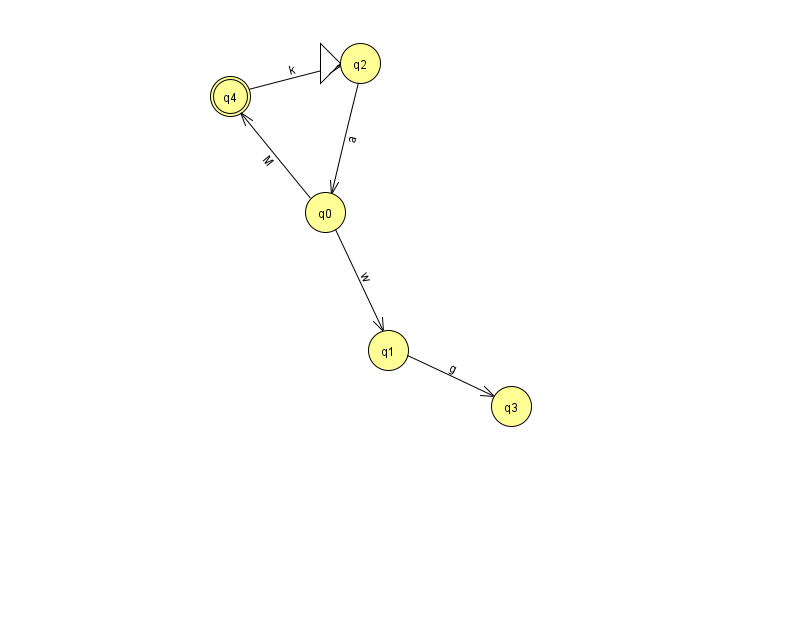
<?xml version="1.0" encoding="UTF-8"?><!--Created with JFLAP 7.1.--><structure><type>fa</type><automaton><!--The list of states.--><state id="0" name="q0"><x>325.0</x><y>199.0</y></state><state id="1" name="q1"><x>388.0</x><y>337.0</y></state><state id="2" name="q2"><x>360.0</x><y>50.0</y><initial/></state><state id="3" name="q3"><x>511.0</x><y>393.0</y></state><state id="4" name="q4"><x>230.0</x><y>83.0</y><final/></state><!--The list of transitions.--><transition><from>0</from><to>1</to><read>w</read></transition><transition><from>2</from><to>0</to><read>a</read></transition><transition><from>0</from><to>4</to><read>M</read></transition><transition><from>4</from><to>2</to><read>k</read></transition><transition><from>1</from><to>3</to><read>g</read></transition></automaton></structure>